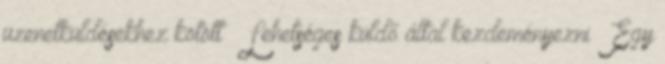
üzenetküldésekhez kötött – Lehetséges küldő által kezdeményezni ● Egy